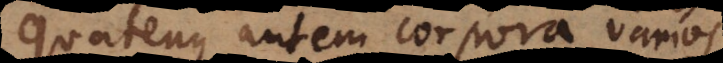
Quatenus autem corpora varios